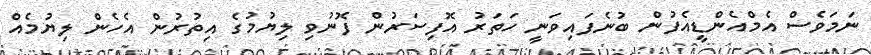
ނަމަވެސް އެމްއެންޑީއެފުން ބުނެފައިވަނީ ހަތަރު އޮފިސަރުން ފޮނުވި ލިޔުމުގެ އިތުރުން އެހެން ލިޔުމެއް